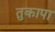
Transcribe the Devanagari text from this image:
तुकापा